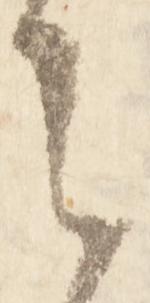
之